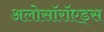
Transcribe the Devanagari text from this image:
अलोसॉरॉएड्स